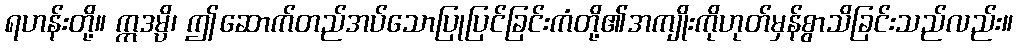
ရဟန်းတို့။ ဣဒမ္ပိ၊ ဤဆောက်တည်အပ်သောပြုပြင်ခြင်းကံတို့၏အကျိုးကိုဟုတ်မှန်စွာသိခြင်းသည်လည်း။